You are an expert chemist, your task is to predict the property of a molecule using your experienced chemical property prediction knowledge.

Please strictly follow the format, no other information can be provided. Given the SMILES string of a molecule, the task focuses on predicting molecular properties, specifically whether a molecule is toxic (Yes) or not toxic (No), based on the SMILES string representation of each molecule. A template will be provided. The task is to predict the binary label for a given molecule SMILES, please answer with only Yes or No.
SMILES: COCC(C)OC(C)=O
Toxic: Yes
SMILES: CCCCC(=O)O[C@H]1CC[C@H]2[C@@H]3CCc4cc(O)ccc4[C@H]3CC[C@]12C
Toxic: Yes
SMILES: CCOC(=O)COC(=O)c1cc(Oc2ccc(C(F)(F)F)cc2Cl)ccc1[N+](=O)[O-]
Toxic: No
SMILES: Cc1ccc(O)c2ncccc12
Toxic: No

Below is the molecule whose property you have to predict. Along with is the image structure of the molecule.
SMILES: O=C(N/N=C/c1ccc([N+](=O)[O-])o1)c1cc([N+](=O)[O-])cc([N+](=O)[O-])c1O
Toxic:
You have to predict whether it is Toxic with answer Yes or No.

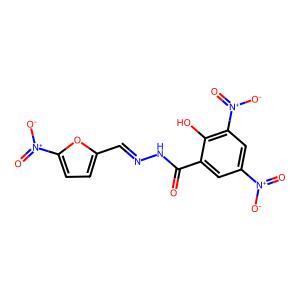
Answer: No